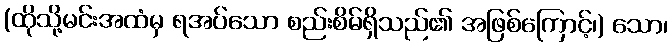
(ထိုသို့မင်းအထံမှ ရအပ်သော စည်းစိမ်ရှိသည်၏ အဖြစ်ကြောင့်၊) သော၊